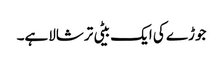
جوڑے کی ایک بیٹی ترشالاہے۔